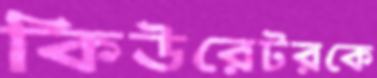
কিউরেটরকে